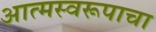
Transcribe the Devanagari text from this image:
आत्मस्वरूपाचा